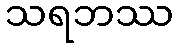
သရဘဿ